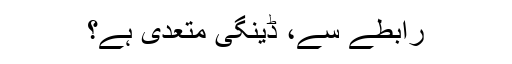
رابطے سے، ڈینگی متعدی ہے؟